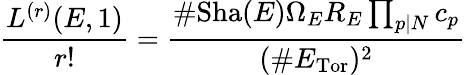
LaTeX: {\frac{L^{(r)}(E,1)}{r!}}={\frac{\# \mathrm{Sha}(E)\Omega_{E}R_{E}\prod_{p|N}c_{p}}{(\# E_{\mathrm{Tor}})^{2}}}